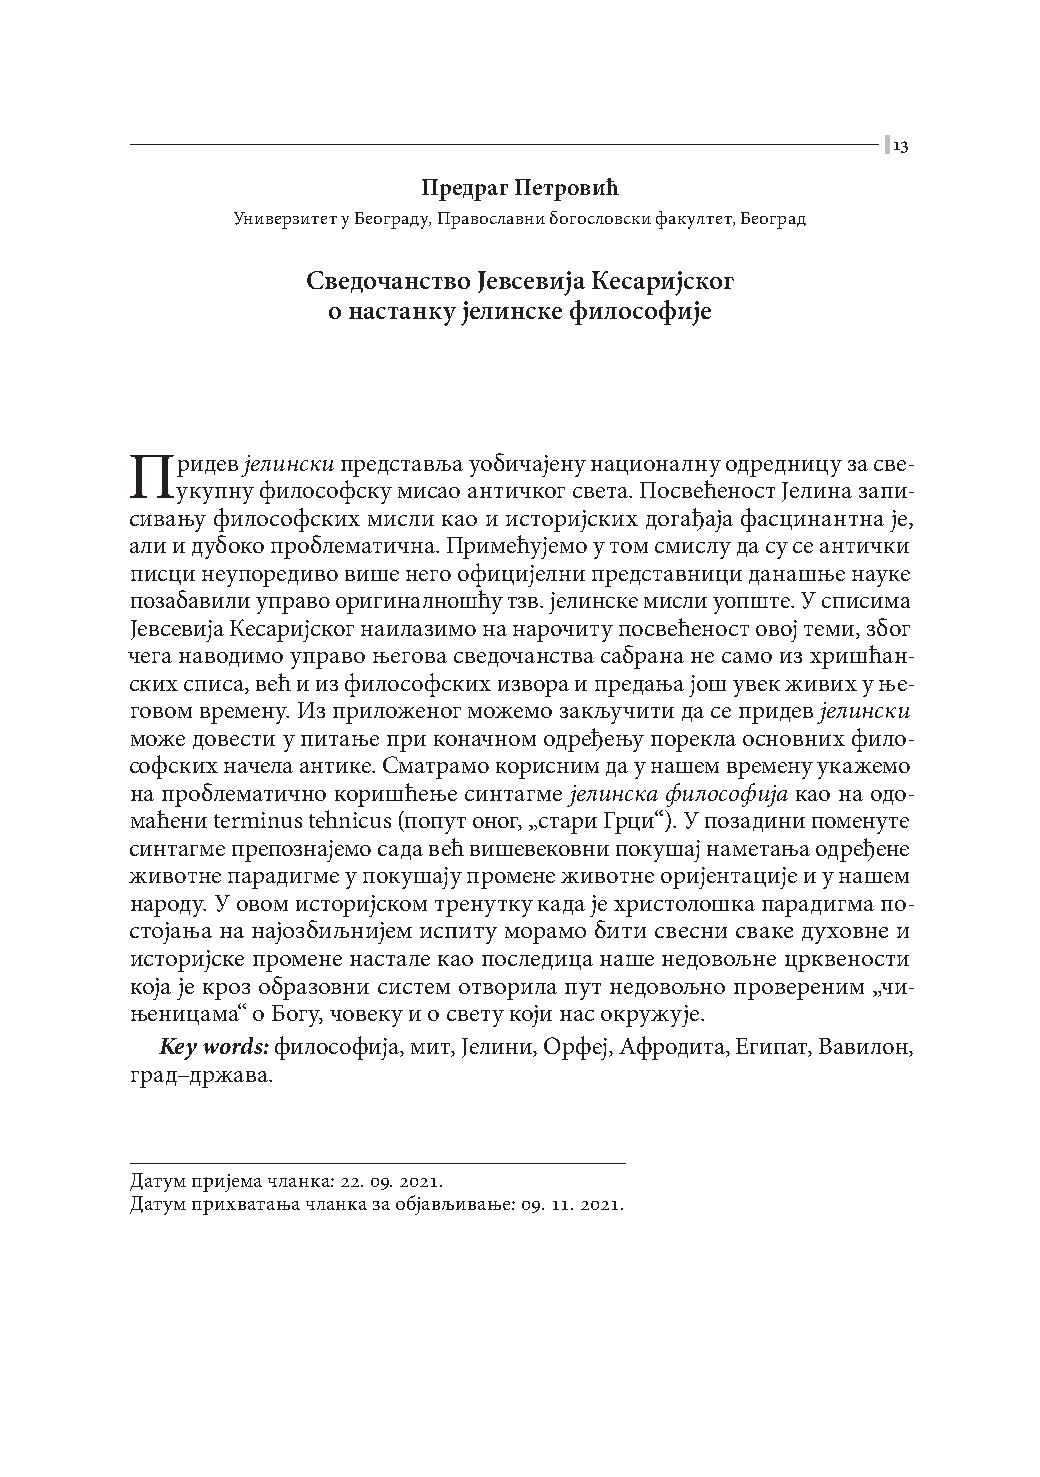
|13
 Предраг Петровић
 Универзитет у Београду, Православни богословски факултет, Београд
 Сведочанство Јевсевија Кесаријског
 о настанку јелинске философије
 Придев  јелински представља уобичајену националну одредницу за све-
 укупну философску мисао античког света. Посвећеност Јелина запи-
 сивању философских мисли као и историјских догађаја фасцинантна је,
 али и дубоко проблематична. Примећујемо у том смислу да су се антички
 писци неупоредиво више него официјелни представници данашње науке
 позабавили управо оригиналношћу тзв. јелинске мисли уопште. У списима
 Јевсевија Кесаријског наилазимо на нарочиту посвећеност овој теми, због
 чега наводимо управо његова сведочанства сабрана не само из хришћан-
 ских списа, већ и из философских извора и предања још увек живих у ње-
 говом времену. Из приложеног можемо закључити да се придев јелински
 може довести у питање при коначном одређењу порекла основних фило-
 софских начела антике. Сматрамо корисним да у нашем времену укажемо
 на проблематично коришћење синтагме јелинска философија као на одо-
 маћени terminus tehnicus (попут оног, „стари Грци“). У позадини поменуте
 синтагме препознајемо сада већ вишевековни покушај наметања одређене
 животне парадигме у покушају промене животне оријентације и у нашем
 народу. У овом историјском тренутку када је христолошка парадигма по-
 стојања на најозбиљнијем испиту морамо бити свесни сваке духовне и
 историјске промене настале као последица наше недовољне црквености
 која је кроз образовни систем отворила пут недовољно провереним „чи-
 њеницама“ о Богу, човеку и о свету који нас окружује.
 Key words: философија, мит, Јелини, Орфеј, Афродита, Египат, Вавилон,
 град–држава.
 Датум пријема чланка: 22. 09. 2021.
 Датум прихватања чланка за објављивање: 09. 11. 2021.